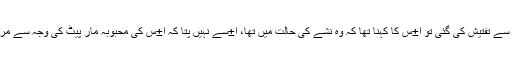
جب ملزم سے تفتیش کی گئی تو ا±س کا کہنا تھا کہ وہ نشے کی حالت میں تھا، ا±سے نہیں پتا کہ ا±س کی محبوبہ مار پیٹ کی وجہ سے مر گئی ہے۔